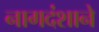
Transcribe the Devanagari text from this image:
नागदंशाने